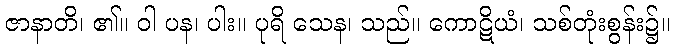
ဇာနာတိ၊ ၏။ ဝါ ပန၊ ပါး။ ပုရိ သေန၊ သည်။ ကောဋိယံ၊ သစ်တုံးစွန်း၌။